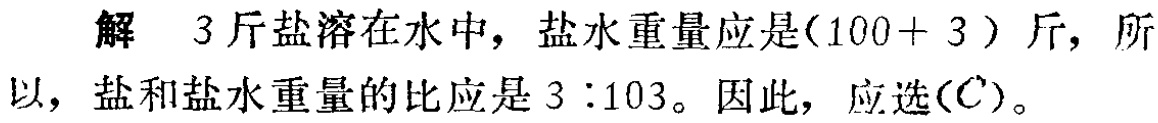
解 \(3\) 斤盐溶在水中，盐水重量应是\((100 + 3)\) 斤，所以，盐和盐水重量的比应是 \(3:103\)。因此，应选(\(C\))。